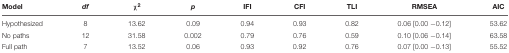
<table><thead><tr><td><b>Model</b></td><td><b><i>df</i></b></td><td><b>χ<sup>2</sup></b></td><td><b><i>p</i></b></td><td><b>IFI</b></td><td><b>CFI</b></td><td><b>TLI</b></td><td><b>RMSEA</b></td><td><b>AIC</b></td></tr></thead><tbody><tr><td>Hypothesized</td><td>8</td><td>13.62</td><td>0.09</td><td>0.94</td><td>0.93</td><td>0.82</td><td>0.06 [0.00 -0.12]</td><td>53.62</td></tr><tr><td>No paths</td><td>12</td><td>31.58</td><td>0.002</td><td>0.79</td><td>0.76</td><td>0.59</td><td>0.10 [0.06 -0.14]</td><td>63.58</td></tr><tr><td>Full path</td><td>7</td><td>13.52</td><td>0.06</td><td>0.93</td><td>0.92</td><td>0.76</td><td>0.07 [0.00 -0.13]</td><td>55.52</td></tr></tbody></table>